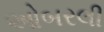
ઓબરલી